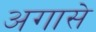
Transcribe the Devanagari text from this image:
अगासे